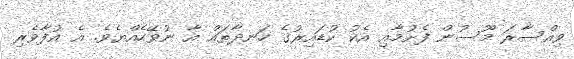
ވިއްސާރަ މޫސުން ފެށުމާއި އެކު ކުޑައިރުގެ ހަނދާތައް އާ ނުވޭހެއްޔެވެ. އެ އުފާވެރި